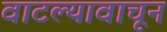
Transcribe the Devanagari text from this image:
वाटल्यावाचून